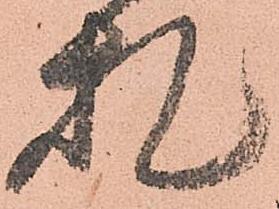
札